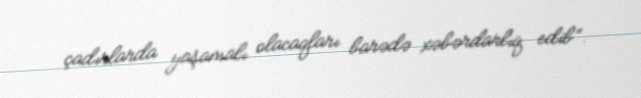
çadırlarda yaşamalı olacaqları barədə xəbərdarlıq edib”.